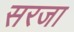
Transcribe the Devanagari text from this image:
सरजा